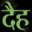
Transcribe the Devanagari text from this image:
दैह